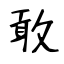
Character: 敢